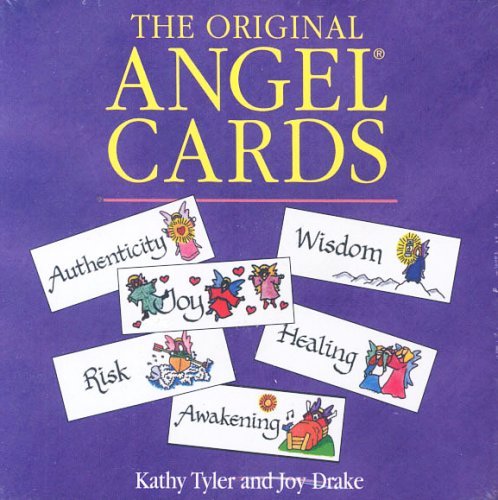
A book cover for Angel Cards - Original; Kathy Tyler; Religion & Spirituality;